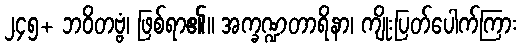
၂၄၅+ ဘဝိတဗ္ဗံ၊ ဖြစ်ရာ၏။ အက္ခဏ္ဍတာရိနာ၊ ကျိုးပြတ်ပေါက်ကြား